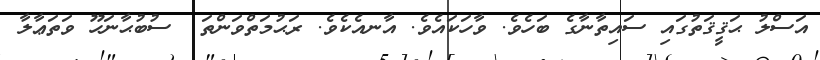
އަސްލު ޙަޤީޤަތުގައި ސައިތާނާގެ ބަހެވެ. ވާހަކައެވެ. އާނއެކެވެ. ރަޙުމަތްވަންތަ  ސުބުޙާނަހޫ ވަތަޢާލާ